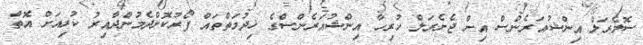
ސޮލެރަލް އިންޝުއަރެންސް އިން ޖެނެރަލް ހުރިހާ އިންޝުއަރެންސްގެ ޚިދުމަތްތައް ފޯރުކޮށްދެމުންދާއިރު ކުރިއަށް އޮތް